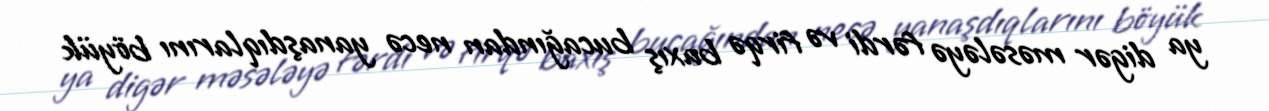
ya digər məsələyə fərdi və firqə baxış bucağından necə yanaşdıqlarını böyük